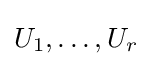
U_{1},\ldots ,U_{r}